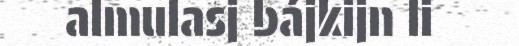
almulasj bájkijn li